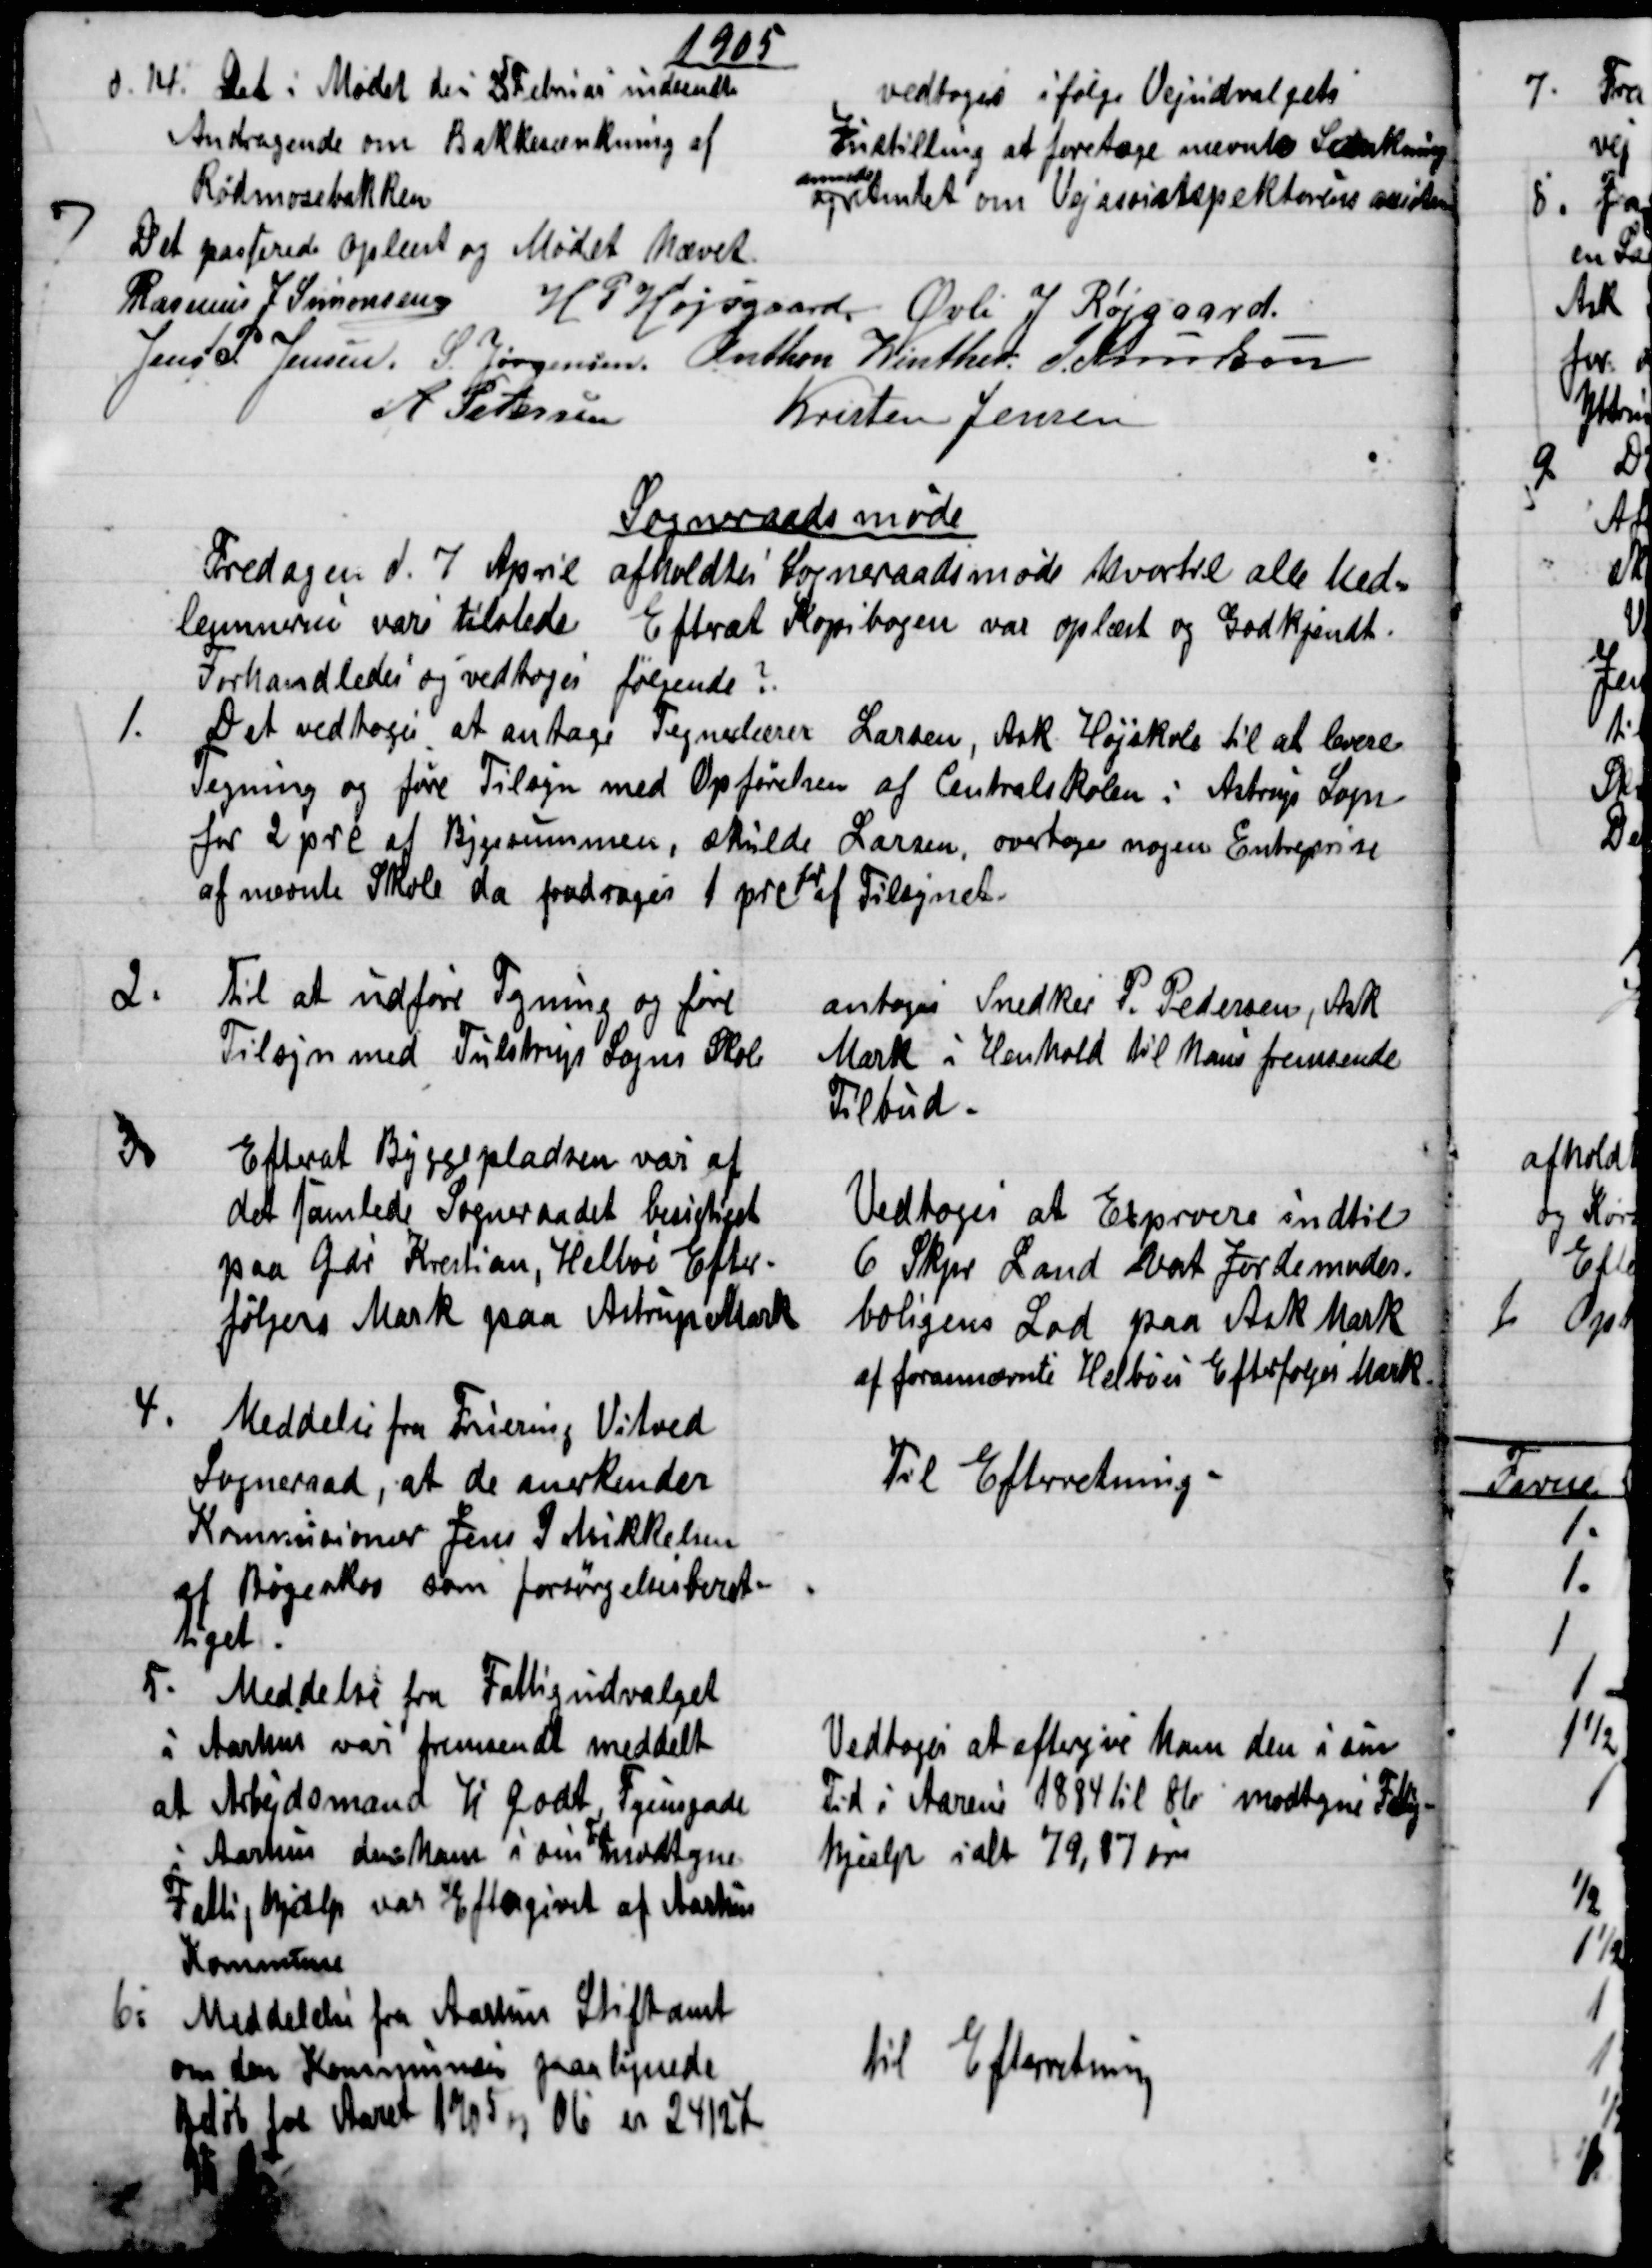
Transskription:
1905
d. 14. Det i Mødet den 25 Februar indsendte
Andragende om Bakkesænkning af
Rødmosebakken
vedtoges ifølge Vejudvalgets
Instilling at foretage nævnte Sænkning
og 
anmode
Amtet om Vejassistspektørens assistance
7
Det passerede Oplæst og Mødet hævet.
Rasmus J. Simonsen H. P. Højsgaard. Øvli J Røjgaard
Jens P. Jensen. S. Jørgensen. Anthon Winther. J Knudsen
A Petersen 
Kristen Jensen
Sogneraadsmøde
Fredagen d. 7 April afholdtes Sogneraadsmøde hvortil alle Med=
lemmerne vare tilstede Efterat Kopibogen var oplæst og Godkjendt.
Forhandledes og vedtoges følgende ?
1.
Det vedtoges at antage Tegnelærer Larsen, Ask Højskole til at levere
Tegning og føre Tilsyn med Opførelsen af Centralskolen i Astrup Sogn
for 2 prc af Bygesummen, skulde Larsen, overtage nogen Entreprise
af nævnte Skole da fradrages 1 prc 
fra
af Tilsynet.
2.
Til at udføre Tegning og føre
Tilsyn med Tulstrup Sogns Skole
antoges Snedker P. Pedersen, Ask
Mark i Henhold til hans fremsende
Tilbud.
3
Efterat Byggepladsen var af
det samlede Sogneraadet besigtiget
paa Gdr Krestian, Helbos Efter -
følgers Mark paa Astrup Mark
Vedtoges at Exproere indtil
6 Skpr Land vat Jordemoder-
boligens Lod paa Ask Mark
af forannævnte Helboes Efterfølges Mark
4.
Meddelse fra Fruering Vitved
Sogneraad, at de anerkender
Kommisionær Jens P Mikkelsen
af Bøgeskov som forsørgelsesberet-
tiget.
Til Efterretning.
5.
Meddelelse fra Fattigudvalget
i Aarhus var fremsendt meddelt
at Arbejdsmand H Godt Fyensgade
i Aarhus den ham i sin 
Tid
modtagne
Fattighjælp var Eftergivet af Aarhus
Kommune
Vedtoges at eftergive ham den i sin
Tid i Aarene 1884 til 86 modtagne Fattig-
hjælp ialt 79,87 øre
6.
Meddelelse fra Aarhus Stiftamt
om den Kommunen paalignede
Beløb for Aaret 1905 og 06 er 2412Kr
til Efterretning